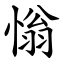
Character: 慃